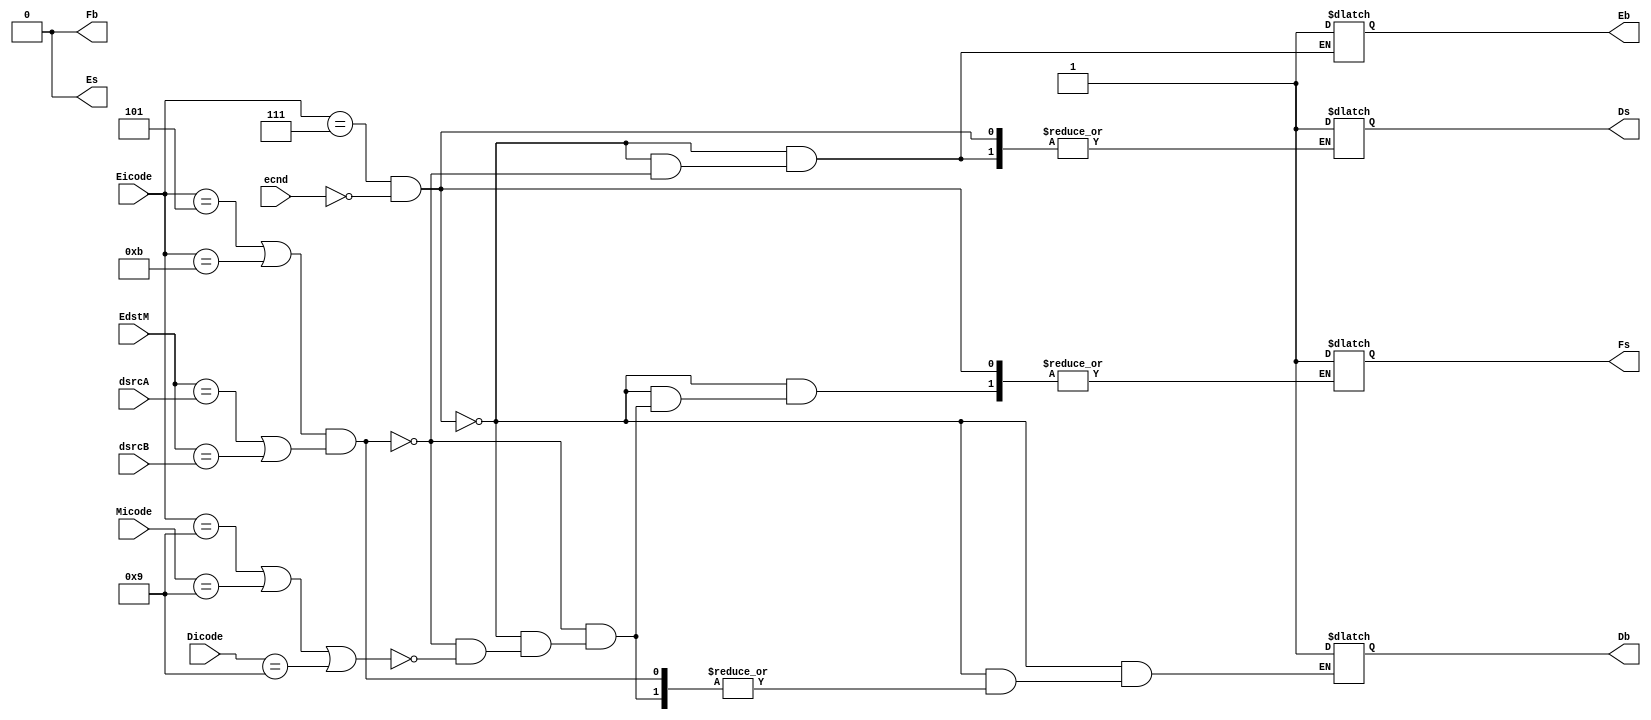
`timescale 1ns / 10ps

module logic1 (
    input [3:0] Dicode,
    input [3:0] Eicode,
    input [3:0] Micode,
    input [3:0] EdstM,
    input [3:0] dsrcA,
    input [3:0] dsrcB,
    input ecnd,
    output reg Fb,
    output reg Fs,
    output reg Db,
    output reg Ds,
    output reg Eb,
    output reg Es
);

initial 
begin
    Fb = 0; // BUBBLE IN FETCH
    Fs = 0; // STALL IN FETCH
    Db = 0; // BUBBLE IN DECODE
    Ds = 0; // STALL IN DECODE
    Eb = 0; // BUBBLE IN EXECUTE
    Es = 0; // STALL IN EXECUTE 
end

// if else statements after these have been directly refered from the slides provided by sir

always @(*)
begin

    if(Eicode == 4'b0111 & ecnd == 4'b0000)
    begin
        Db = 1;
        Eb = 1;
    end

    else if((Eicode == 4'b0101 | Eicode == 4'b1011) & (EdstM == dsrcA | EdstM == dsrcB))
    begin
        Fs = 1;
        Ds = 1;
        Eb = 1;
    end

    else if(Eicode == 4'b1001 | Micode == 4'b1001 | Dicode == 4'b1001)
    begin
        Fs = 1;
        Db = 1;
    end
end

endmodule